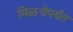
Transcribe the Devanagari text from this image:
मिळवेपर्यंत